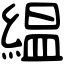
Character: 緼